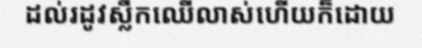
ដល់រដូវស្លឹកឈើលាស់ហើយក៏ដោយ